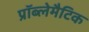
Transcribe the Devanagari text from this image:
प्रॉब्लेमैटिक